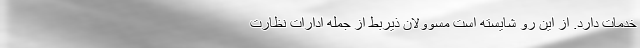
خدمات دارد. از این رو شایسته است مسوولان ذیربط از جمله ادارات نظارت